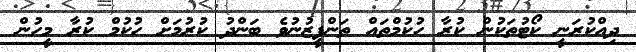
ދިއްކުރަނީ ކޯޓުތަކުން ކުރާ ހުކުމްތައް ތަންފީޒުނުވެ ބަންދު ކުރުމަށް ހުކުމް ކުރާ މީހުން